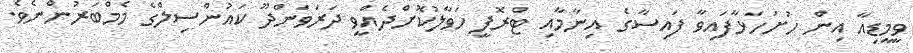
ވީމީޑިއާ އިން ހުށަހަޅާފައިވާ ފައިސާގެ އިނާމާއި ޓްރޮފީ ހަވާލުކޮށްދެއްވީ ދަރަވަންދޫ ކައުންސިލްގެ މެމްބަރުންނެވެ.